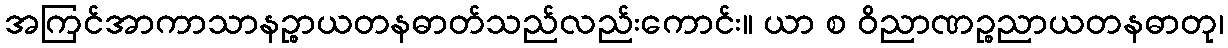
အကြင်အာကာသာနဉ္စာယတနဓာတ်သည်လည်းကောင်း။ ယာ စ ဝိညာဏဉ္စညာယတနဓာတု၊